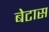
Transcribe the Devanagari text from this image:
बेटास